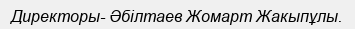
Директоры- Әбілтаев Жомарт Жакыпұлы.